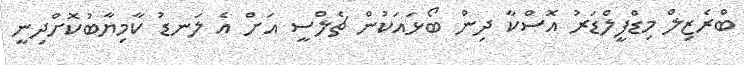
ބްރެޒިލް މިޑްފީލްޑަރު އޮސްކާ ދިން ބޯޅައަކުން ޗެލްސީ އަށް އެ ލަނޑު ކާމިޔާބުކޮށްދިނީ